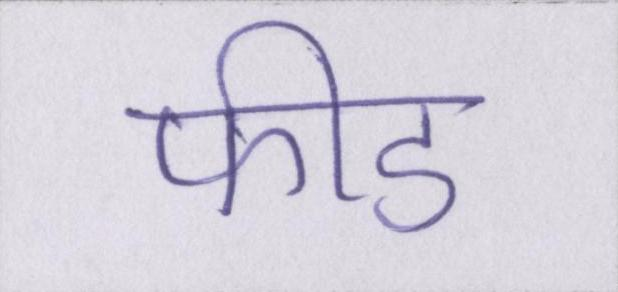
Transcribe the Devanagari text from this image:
फीड